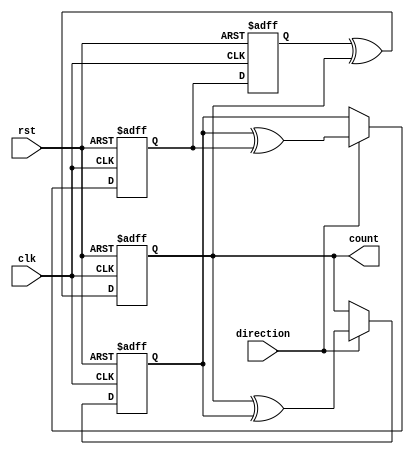
module johnson_gray_counter(
    input clk,
    input rst,
    input direction,
    output reg[3:0] count
);

reg[3:0] q1, q2, q3, q4;

always @(posedge clk or posedge rst) begin
    if(rst) begin
        q1 <= 0;
        q2 <= 0;
        q3 <= 0;
        q4 <= 0;
    end else begin
        if(direction) begin // count upwards
            q1 <= q4 ^ q1;
            q2 <= q1 ^ q2;
            q3 <= q2 ^ q3;
            q4 <= q3;
        end else begin // count downwards
            q4 <= q3;
            q3 <= q2;
            q2 <= q1;
            q1 <= q4 ^ q1;
        end
    end
end

assign count = {q4, q3, q2, q1};

endmodule